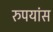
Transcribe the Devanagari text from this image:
रुपयांस